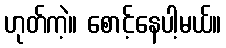
ဟုတ်ကဲ့။ စောင့်နေပါ့မယ်။